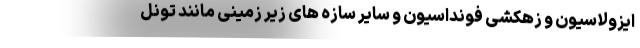
ایزولاسیون و زهکشی فونداسیون و سایر سازه های زیر زمینی مانند تونل